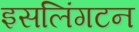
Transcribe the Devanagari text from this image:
इसलिंगटन